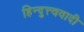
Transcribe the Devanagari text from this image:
हिन्दुत्त्ववादी